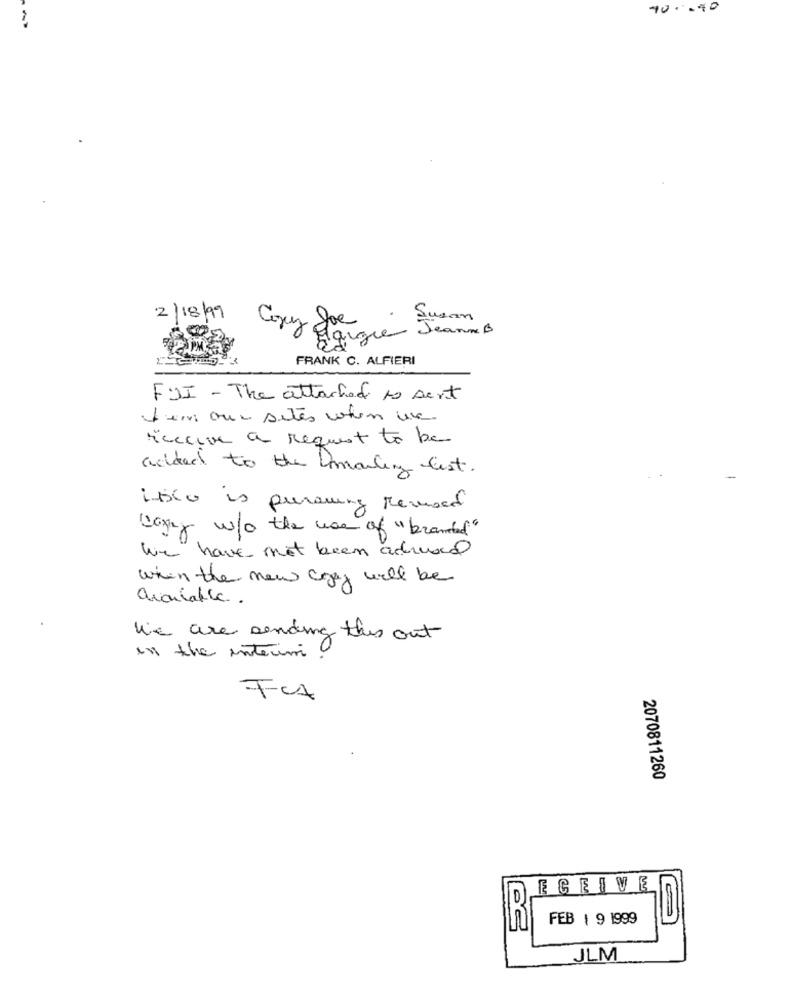
10.00
2/18/99
C
juz
Élargie Jeanne B
Joe
89
FRANK C. ALFIERI
FUI - The attached to sent
tem aux sites when un
Yaccia a Request to be
added to the Dimailing list.
isto is pursuing Remond
corey w/o the war of "branded"
we have not been accused
when the new copy will be
We are sending this out
in the interim
FCA
2070811260
ECEIVE
10
FEB 1 9 1999
JLM